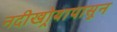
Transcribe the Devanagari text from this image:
नदीखोर्‍यापासून